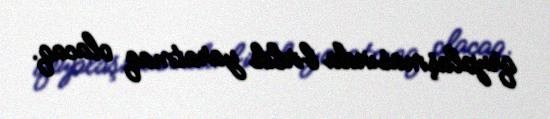
qruplaşmasında birlik yaratmaq olacaq.